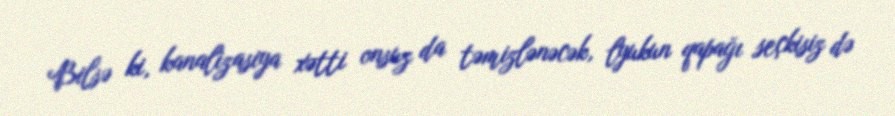
Bilsə ki, kanalizasiya xətti onsuz da təmizlənəcək, lyukun qapağı seçkisiz də